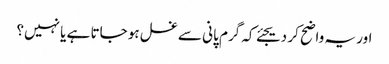
اور یہ واضح کر دیجئے کہ گرم پانی سے غسل ہو جاتا ہے یا نہیں؟